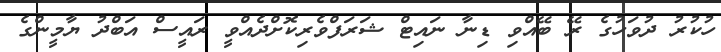
ހުކުރު ދުވަހުގެ ރޭ ބޭއްވި ޑިނާ ނައިޓް ޝަރަފްވެރިކޮށްދެއްވީ ރައީސް އަބްދު ޔާމީންގެ